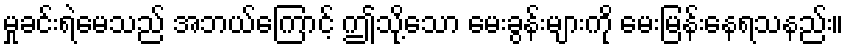
မှုခင်းရဲမေသည် အဘယ်ကြောင့် ဤသို့သော မေးခွန်းများကို မေးမြန်းနေရသနည်း။